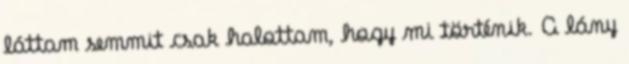
láttam semmit csak halottam, hogy mi történik. A lány